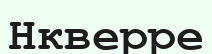
Нкверре